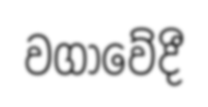
වගාවේදී